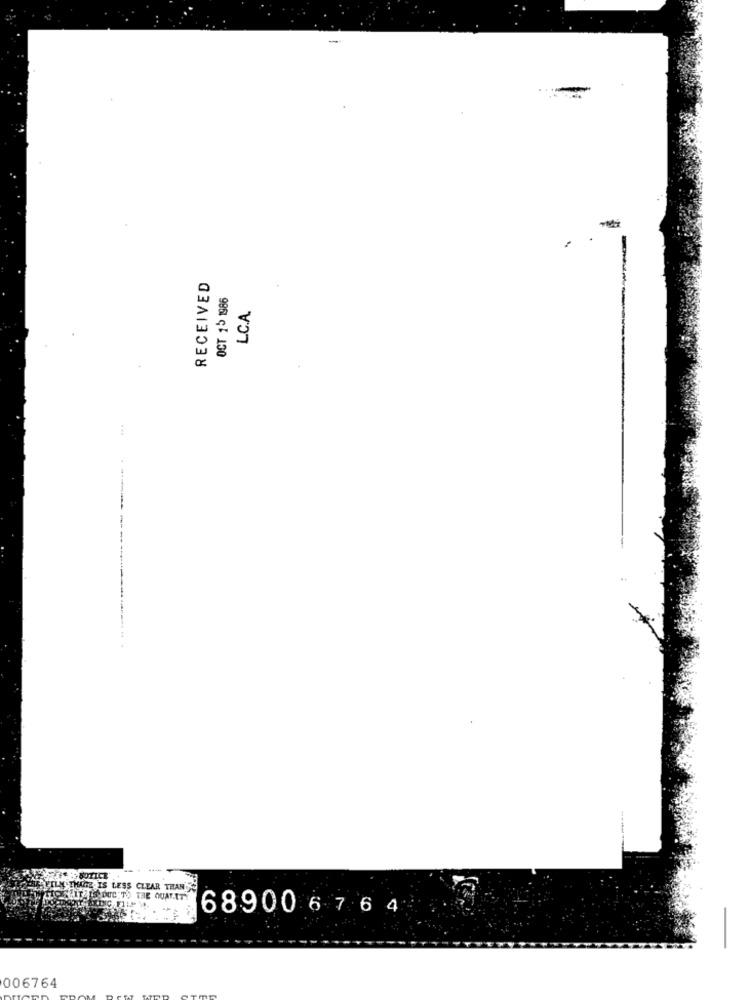
-
RECEIVED
OCT 15 1986
LC.A.
HURFILM THATE. IS LESS CLEAR THAN
68900 6 7 6 4
006764